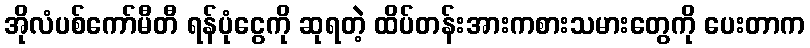
အိုလံပစ်ကော်မီတီ ရန်ပုံငွေကို ဆုရတဲ့ ထိပ်တန်းအားကစားသမားတွေကို ပေးတာက